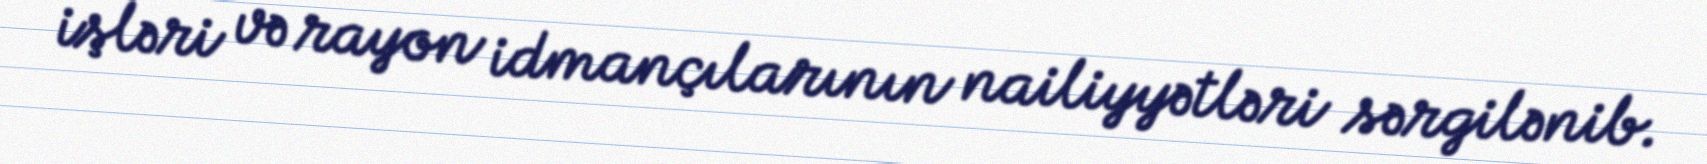
işləri və rayon idmançılarının nailiyyətləri sərgilənib.